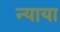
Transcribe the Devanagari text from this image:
न्याया